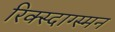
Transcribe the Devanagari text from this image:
रिक्स्दाग्स्मन